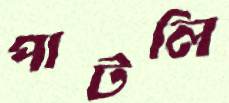
পাটলি